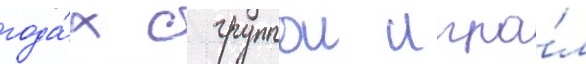
года́х с группои игра́л